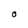
Character: O